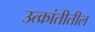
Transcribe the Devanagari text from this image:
उत्क्रांतीतील